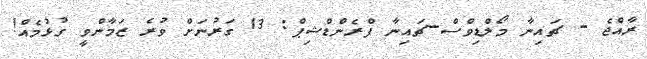
ރާއްޖެ - ޗައިނާ މޯލްޑިވްސް-ޗައިނާ ފްރެންޑްޝިޕް: 13 ގަރުނަށް ވުރެ ޒަމާންވީ ގުޅުމެއް!